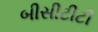
બીસીટીટી